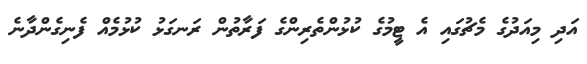
އަދި މިއަދުގެ މެޗުގައި އެ ޓީމުގެ ކުޅުންތެރިންގެ ފަރާތުން ރަނގަޅު ކުޅުމެއް ފެނިގެންދާނެ